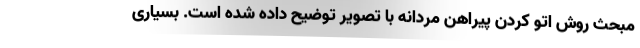
مبحث روش اتو کردن پیراهن مردانه با تصویر توضیح داده شده است. بسیاری